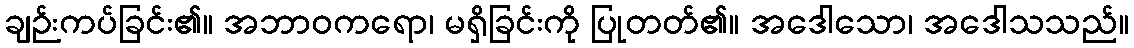
ချဉ်းကပ်ခြင်း၏။ အဘာဝကရော၊ မရှိခြင်းကို ပြုတတ်၏။ အဒေါသော၊ အဒေါသသည်။